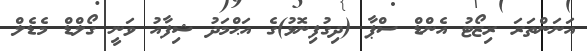
އަނަންތަރަ ރިޒޯޓު އެންޑް ސްޕާ (ދިގުފިނޮޅު)ގެ އަޙްމަދު ޝިފާއު ވަނީ ގޯލްޑް މެޑެލް